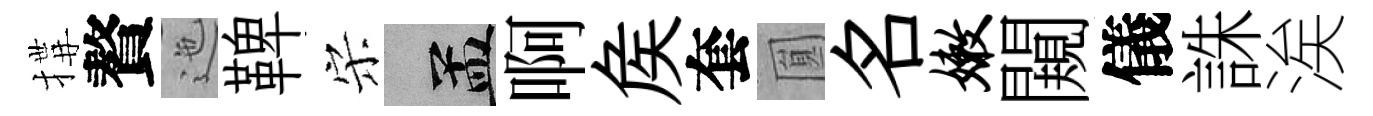
搆贅迤鞞宋汴啊矦套圎名嫩闚儀誅涘